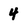
Character: 4